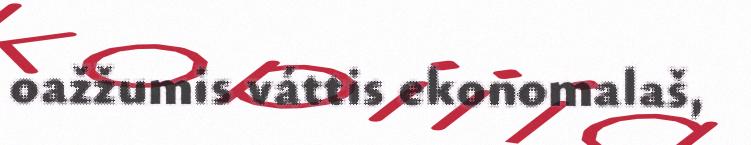
oažžumis váttis ekonomalaš,